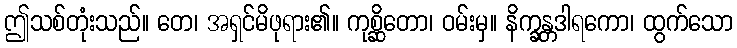
ဤသစ်တုံးသည်။ တေ၊ အရှင်မိဖုရား၏။ ကုစ္ဆိတော၊ ဝမ်းမှ။ နိက္ခန္တဒါရကော၊ ထွက်သော